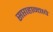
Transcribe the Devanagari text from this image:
सप्ताहान्ताचे